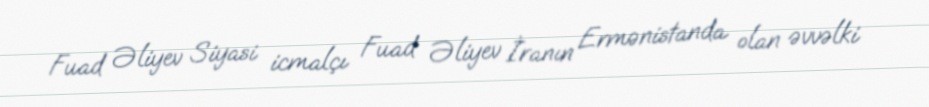
Fuad Əliyev Siyasi icmalçı Fuad Əliyev İranın Ermənistanda olan əvvəlki